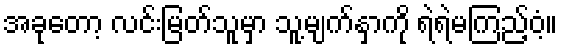
အခုတော့ လင်းမြတ်သူမှာ သူ့မျက်နှာကို ရဲရဲမကြည့်ဝံ့။